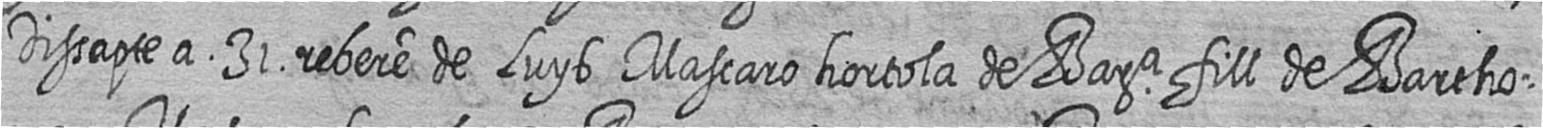
Dissapte a 31 rebere de Luys Mascaro hortola de Bara fill de Bartho=